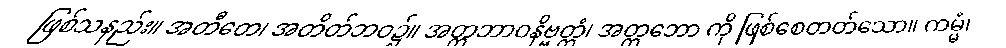
ဖြစ်သနည်း။ အတီတေ၊ အတိတ်ဘဝ၌။ အတ္တဘာဝနိဗ္ဗတ္တံ၊ အတ္တဘော ကို ဖြစ်စေတတ်သော။ ကမ္မံ၊